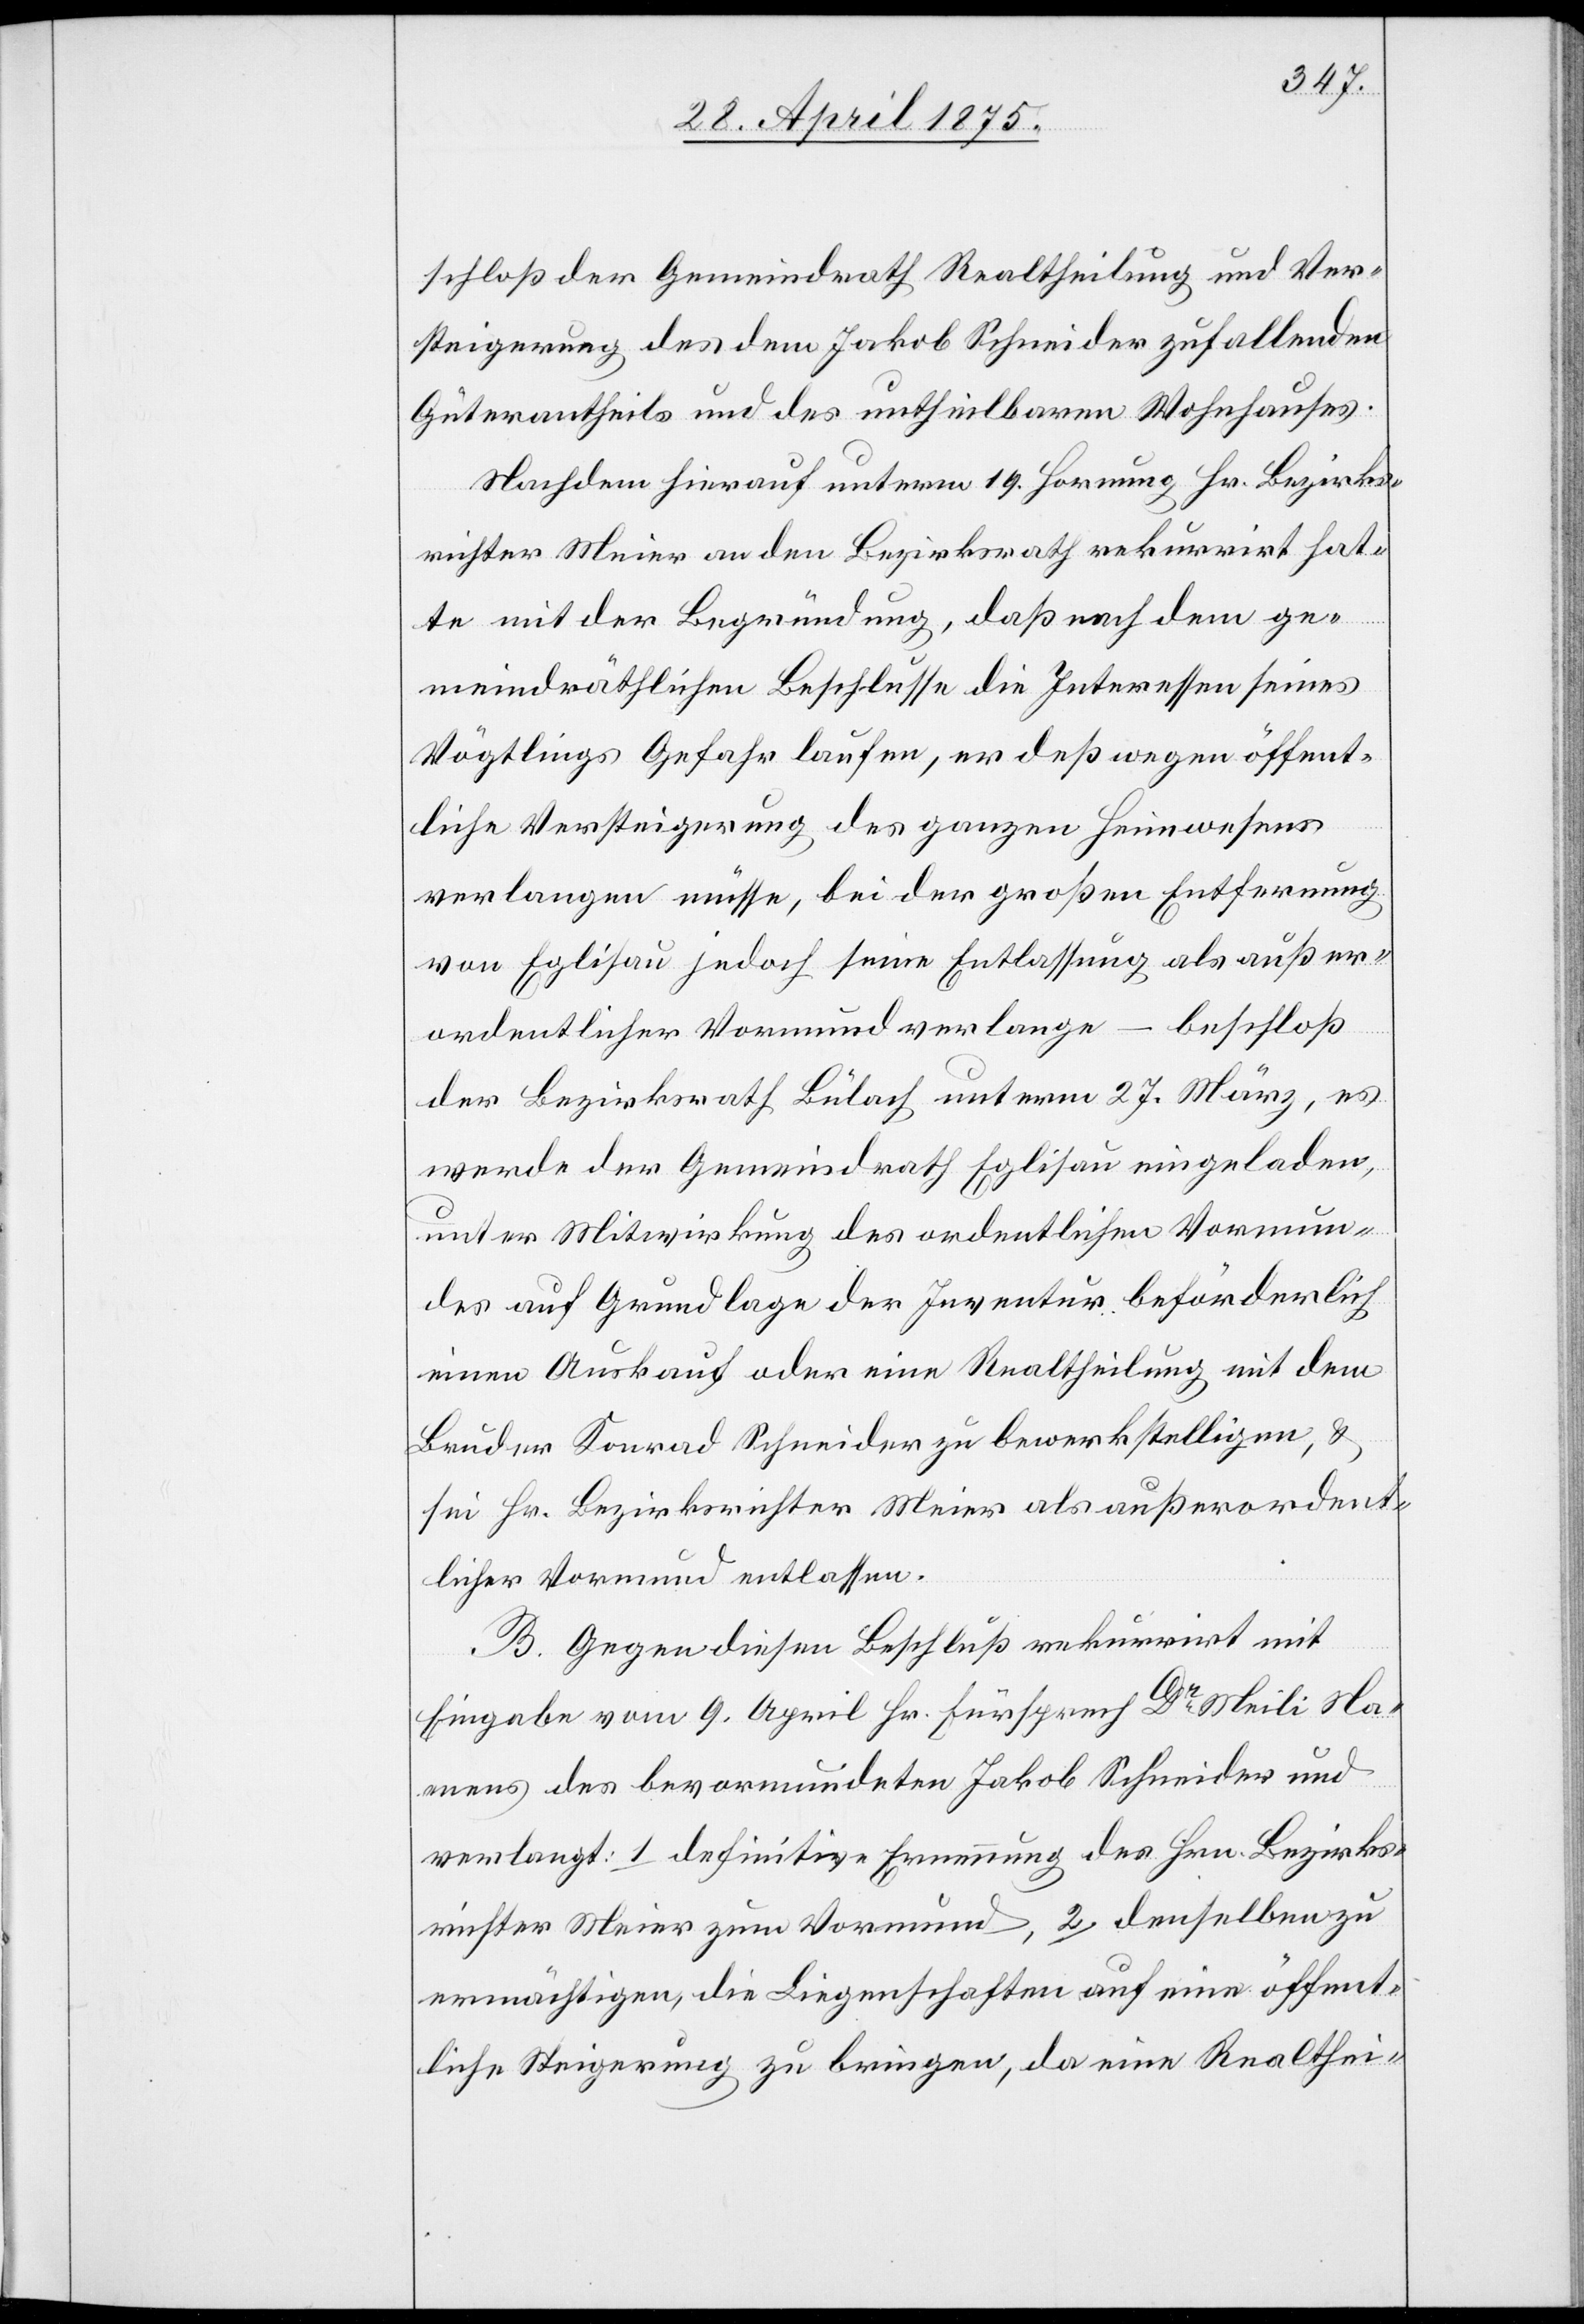
schloß der Gemeindrath Realtheilung und Ver¬
steigerung des dem Jakob Schneider zufallenden
Güterantheils und des untheilbaren Wohnhauses.
Nachdem hierauf unterm 19. Hornung Hr. Bezirks¬
richter Meier an den Bezirksrath rekurrirt hat¬
te mit der Begründung, daß nach dem ge¬
meindräthlichen Beschlusse die Interessen seines
Vögtlings Gefahr laufen, er daß [sic!] wegen öffent¬
liche Versteigerung des ganzen Heimwesens
verlangen müsse, bei der großen Entfernung
von Eglisau jedoch seine Entlassung als außer¬
ordentlicher Vormund verlange – beschloß
der Bezirksrath Bülach unterm 27. März, es
werde der Gemeindrath Eglisau eingeladen,
unter Mitwirkung des ordentlichen Vormun¬
des auf Grundlage der Inventur beförderlich
einen Auskauf oder eine Realtheilung mit dem
Bruder Konrad Schneider zu bewerkstelligen, &
sei Hr. Bezirksrichter Meier als außerordent¬
licher Vormund entlassen.
B. Gegen diesen Beschluß rekurrirt mit
Eingabe vom 9. April Hr. Fürsprech Dr. Meili Na¬
mens des bevormundeten Jakob Schneider und
verlangt: 1. definitive Ernennung des Hrn. Bezirks¬
richter Meier zum Vormund, 2. denselben zu
ermächtigen, die Liegenschaften auf eine öffent¬
liche Steigerung zu bringen, da eine Realthei-